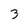
Character: 3